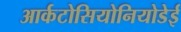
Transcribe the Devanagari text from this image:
आर्कटोसियोनियोडेई